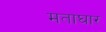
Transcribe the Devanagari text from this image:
मताघार